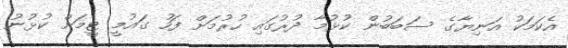
އެކަމަކު އަނިޔާގެ ސަބަބުން ކުޅުމާ ދުރުގައި ހުރުމަށް ފަހު ގައުމީ ޓީމަށް ކުޅުނު